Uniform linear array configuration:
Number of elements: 8
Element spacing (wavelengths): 0.75
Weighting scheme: binomial
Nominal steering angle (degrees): -15
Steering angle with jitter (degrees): -14.555
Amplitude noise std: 0.05
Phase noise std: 0.05

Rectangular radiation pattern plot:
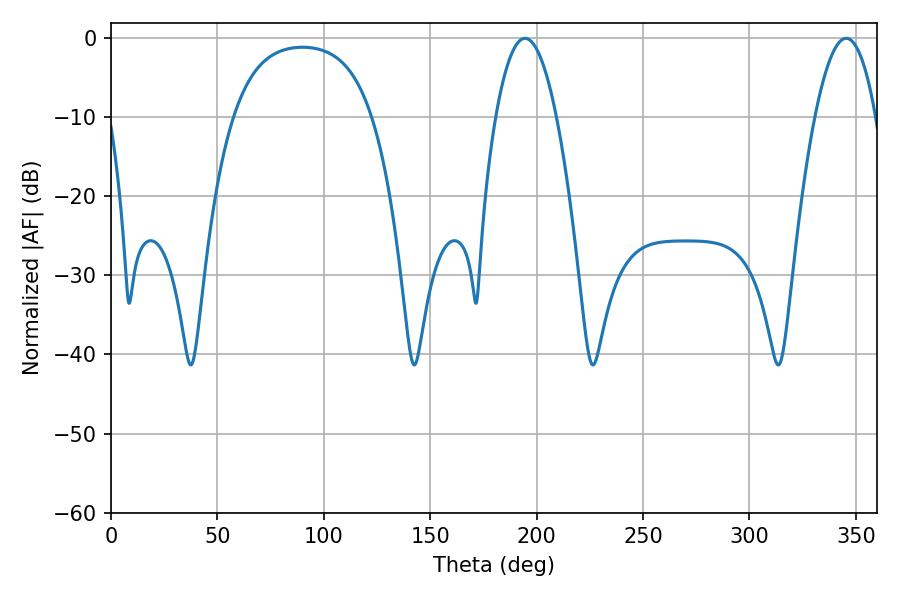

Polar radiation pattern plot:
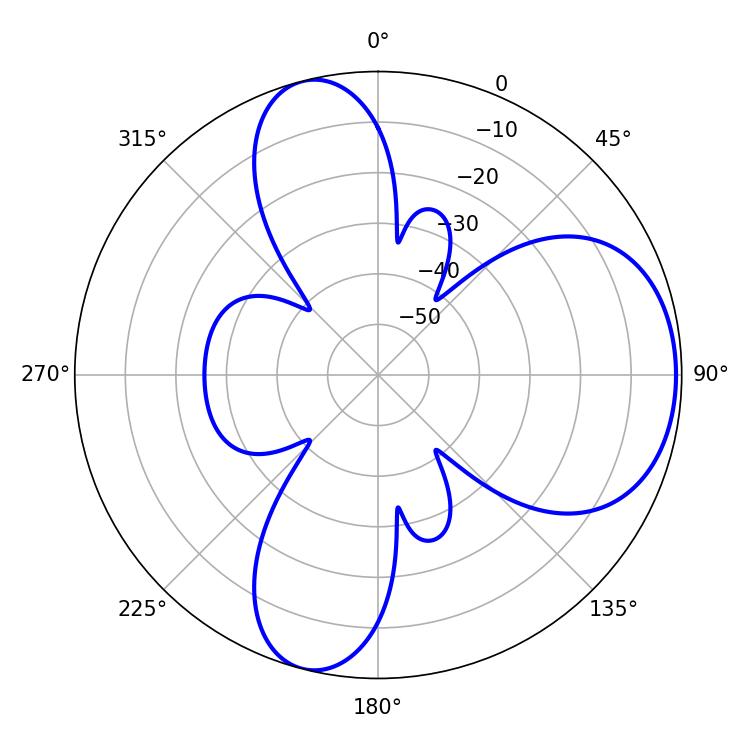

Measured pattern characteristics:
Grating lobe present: TRUE
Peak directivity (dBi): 6.767
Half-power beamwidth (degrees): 15.66
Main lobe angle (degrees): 194.58